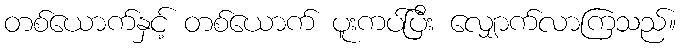
တစ်ယောက်နှင့် တစ်ယောက် ပူးကပ်ပြီး လျှောက်လာကြသည်။